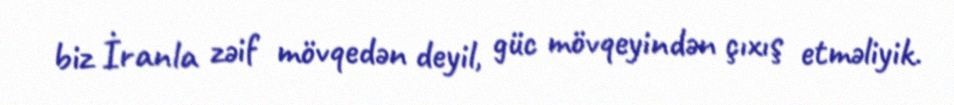
biz İranla zəif mövqedən deyil, güc mövqeyindən çıxış etməliyik.